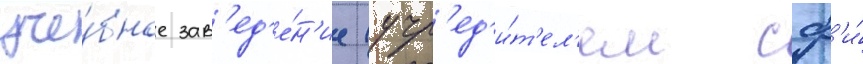
уче́бное зав'ед'е́н'ие (учр'ед'и́т'ел'ем сф'и́